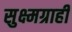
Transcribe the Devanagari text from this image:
सुक्ष्मग्राही